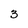
Character: 3